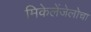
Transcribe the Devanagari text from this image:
मिकेलेंजेलोचा